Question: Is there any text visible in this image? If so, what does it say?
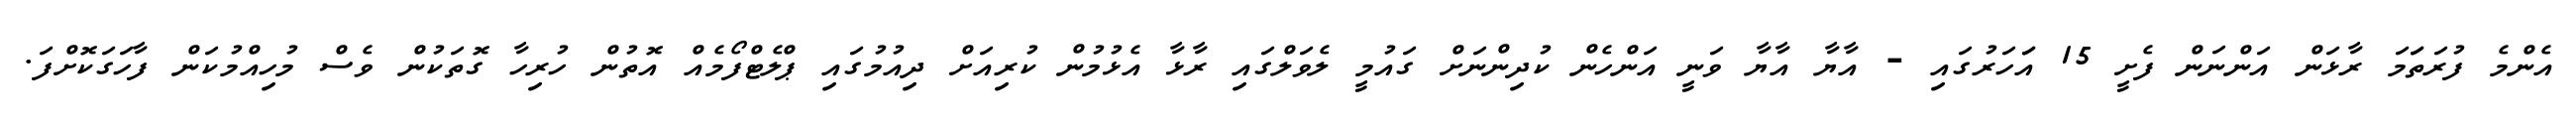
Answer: އެންމެ ފުރަތަަމަ ރާޅަން އަންނަން ފެށީ 15 އަަހަރުގައި - އާޔާ އާޔާ ވަނީ އަންހެން ކުދިންނަށް ގައުމީ ލެވަލްގައި ރާޅާ އެޅުމުން ކުރިއަށް ދިއުމުގައި ޕްލެޓްފޯމެއް އޮތުން ހުރިހާ ގޮތަކުން ވެސް މުހިއްމުކަން ފާހަގަކޮށްފަ.